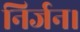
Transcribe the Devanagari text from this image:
निर्जन।